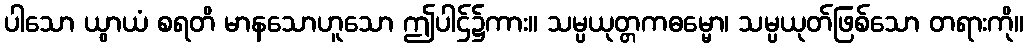
ပါသော ယွာယံ စရတိ မာနသောဟူသော ဤပါဌ်၌ကား။ သမ္ပယုတ္တကဓမ္မော၊ သမ္ပယုတ်ဖြစ်သော တရားကို။